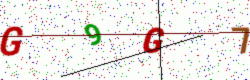
Text: G9G7